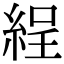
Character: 𦀚